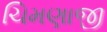
ચિમણાજી